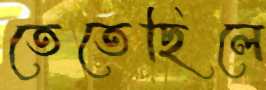
তেতেছিলে